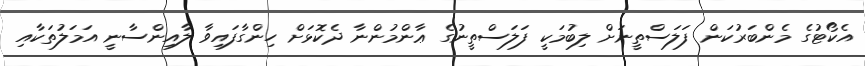
އެކޯޓުގެ މެންބަރުކަން ފަލަސްތީނަށް ލިބުމަކީ ފަލަސްތީނުގެ ޢާންމުންނާ ދެކޮޅަށް ހިންގާފައިވާ ލާއިންސާނީ އަމަލުތަކާއި